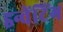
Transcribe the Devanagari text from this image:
इन्वेंटिंग